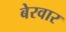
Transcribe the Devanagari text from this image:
बेरवार